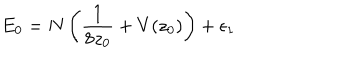
E _ { 0 } = N \left( \frac { 1 } { 8 z _ { 0 } } + V ( z _ { 0 } ) \right) + \epsilon _ { 1 }